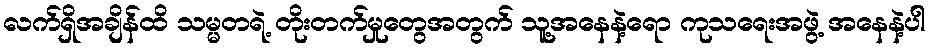
လက်ရှိအချိန်ထိ သမ္မတရဲ့ တိုးတက်မှုတွေအတွက် သူ့အနေနဲ့ရော ကုသရေးအဖွဲ့ အနေနဲ့ပါ